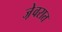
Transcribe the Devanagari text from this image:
जे़वरात